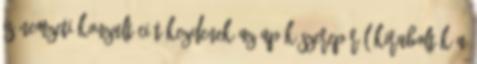
is nemzeti konzultációt kezdenek az apák szerepéről Kirabolták a